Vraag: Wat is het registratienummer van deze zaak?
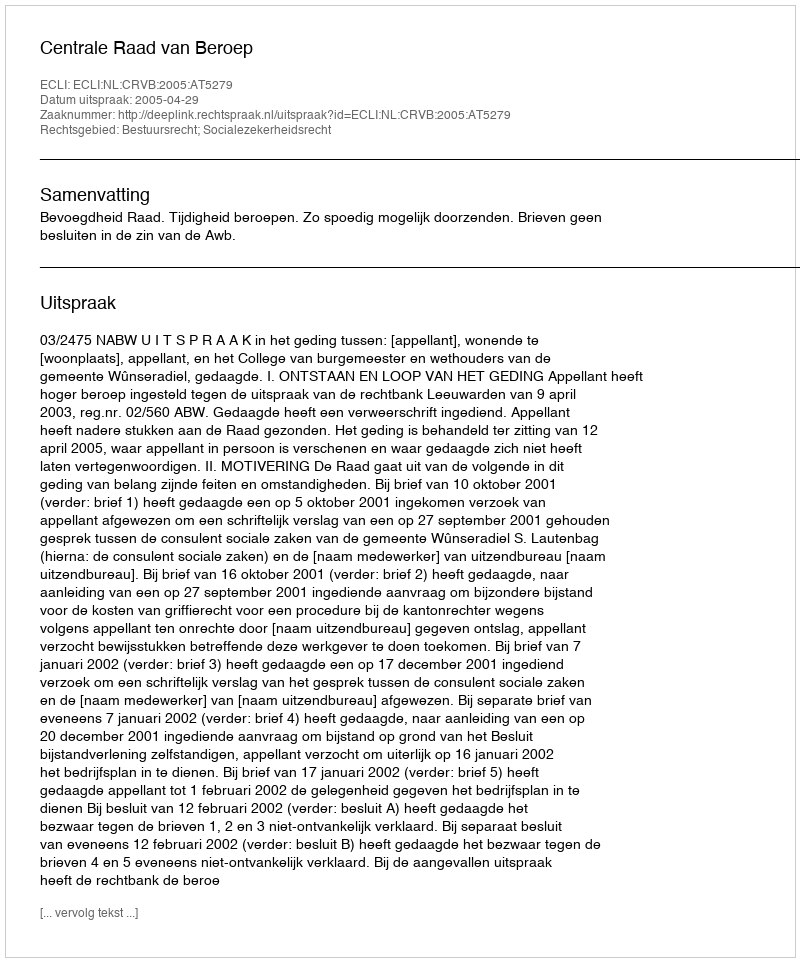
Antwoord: http://deeplink.rechtspraak.nl/uitspraak?id=ECLI:NL:CRVB:2005:AT5279